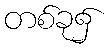
တစ်ခု၌